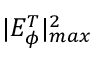
| E _ { \phi } ^ { T } | _ { m a x } ^ { 2 }